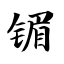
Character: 镅